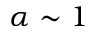
\alpha \sim 1